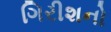
ગિરીશનો